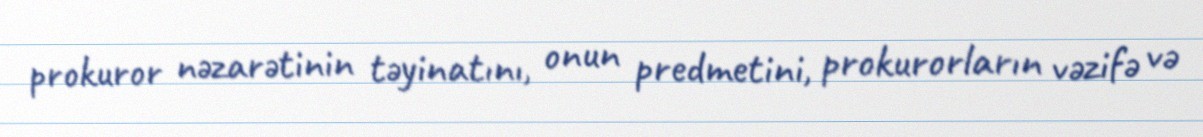
prokuror nəzarətinin təyinatını, onun predmetini, prokurorların vəzifə və